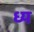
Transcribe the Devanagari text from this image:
ध्य